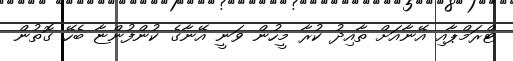
ޓްރަމްޕާއި އޭނާއަށް ތާއިދު ކުރާ މީހުން ވަނީ އޭނާގެ ކުންފުންޏާ ބެހޭ ގޮތުން